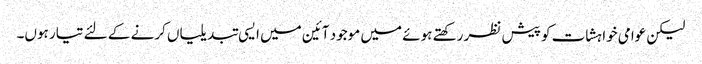
لیکن عوامی خواہشات کو پیش نظر رکھتے ہوئے میں موجود آئین میں ایسی تبدیلیاں کرنے کے لئے تیار ہوں۔